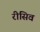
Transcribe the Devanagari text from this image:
रीसिव